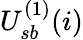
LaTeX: U_{sb}^{(1)}(i)